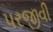
પરજીવી